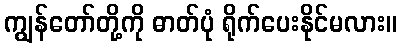
ကျွန်တော်တို့ကို ဓာတ်ပုံ ရိုက်ပေးနိုင်မလား။